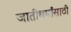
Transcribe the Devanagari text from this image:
जातीधर्मांसाठी